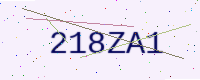
Text: 218ZA1